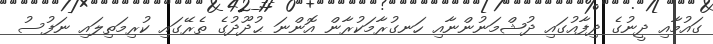
ގައުމާއި ދީނުގެ ދިފާއުގައި ދުޝްމަނުންނާއި ހަނގުރާމަކުރާން އޮންނަ ޙުދޫދުގެ ތެރޭގައި ކުރިމަތިލައި ނަފުސު